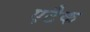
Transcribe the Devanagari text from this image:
एटैक